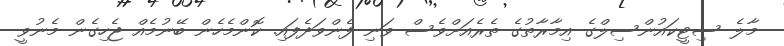
މާލެ ސިޓީކައުންސިލްގެ އިމާރާތުގެ ތެރެއަށްވެސް ވަނި ފެންވަދެފައި. ކޮންމެހެން ބޭނުމެއް ޖެހިގެން މެނުވީ